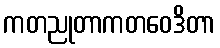
ကတညုတာကတဝေဒိတာ